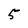
Character: 5